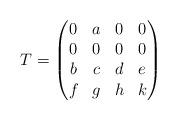
LaTeX: \begin{gather*}T=\begin{pmatrix} 0 & a &0 & 0\\ 0 & 0 & 0& 0\\ b & c & d & e\\ f & g & h & k \end{pmatrix}\end{gather*}